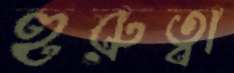
হুরুত্বা